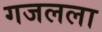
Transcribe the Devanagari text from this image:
गजलला